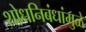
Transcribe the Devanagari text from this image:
शोधनिबंधांमुळे